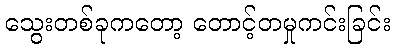
သွေးတစ်ခုကတော့ တောင့်တမှုကင်းခြင်း